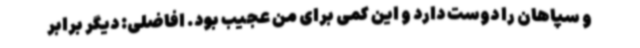
و سپاهان را دوست دارد و این کمی برای من عجیب بود. افاضلی: دیگر برابر